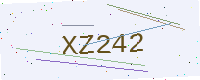
Text: XZ242